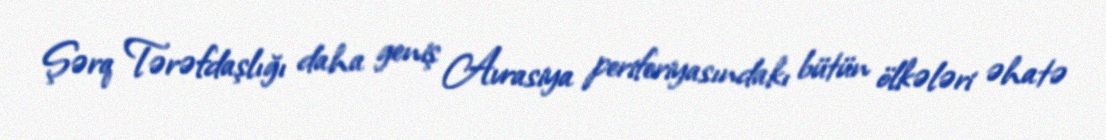
Şərq Tərəfdaşlığı daha geniş Avrasiya periferiyasındakı bütün ölkələri əhatə